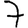
Digit: 7